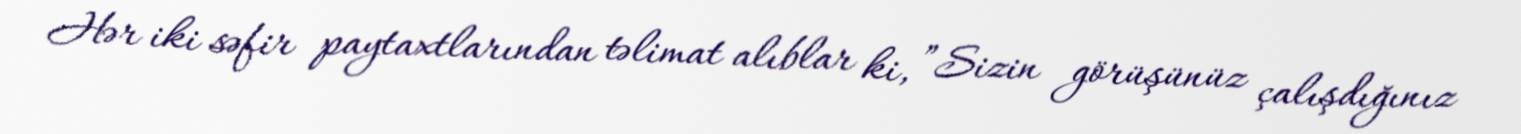
Hər iki səfir paytaxtlarından təlimat alıblar ki, ”Sizin görüşünüz çalışdığınız